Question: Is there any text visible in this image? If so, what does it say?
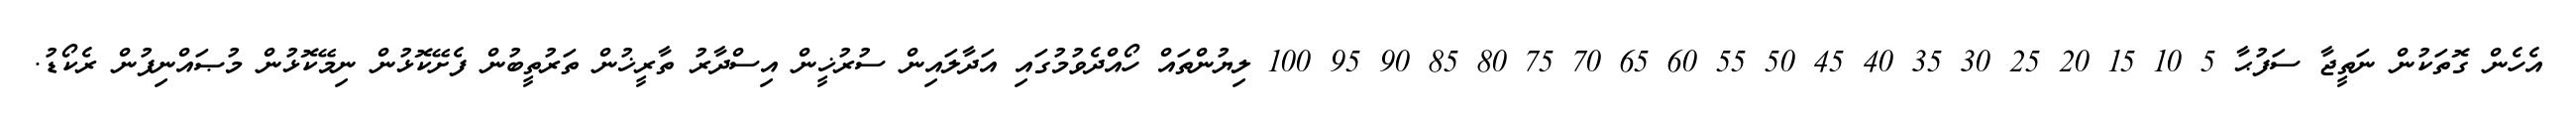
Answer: އެހެން ގޮތަކުން ނަތީޖާ ސަފުޙާ 5 10 15 20 25 30 35 40 45 50 55 60 65 70 75 80 85 90 95 100 ލިޔުންތައް ހޯއްދެވުމުގައި އަދާލައިން ސުރުޚީން އިސްދާރު ތާރީޚުން ތަރުތީބުން ފެށޭކޮޅުން ނިމޭކޮޅުން މުޞައްނިފުން ރެކޯޑު.